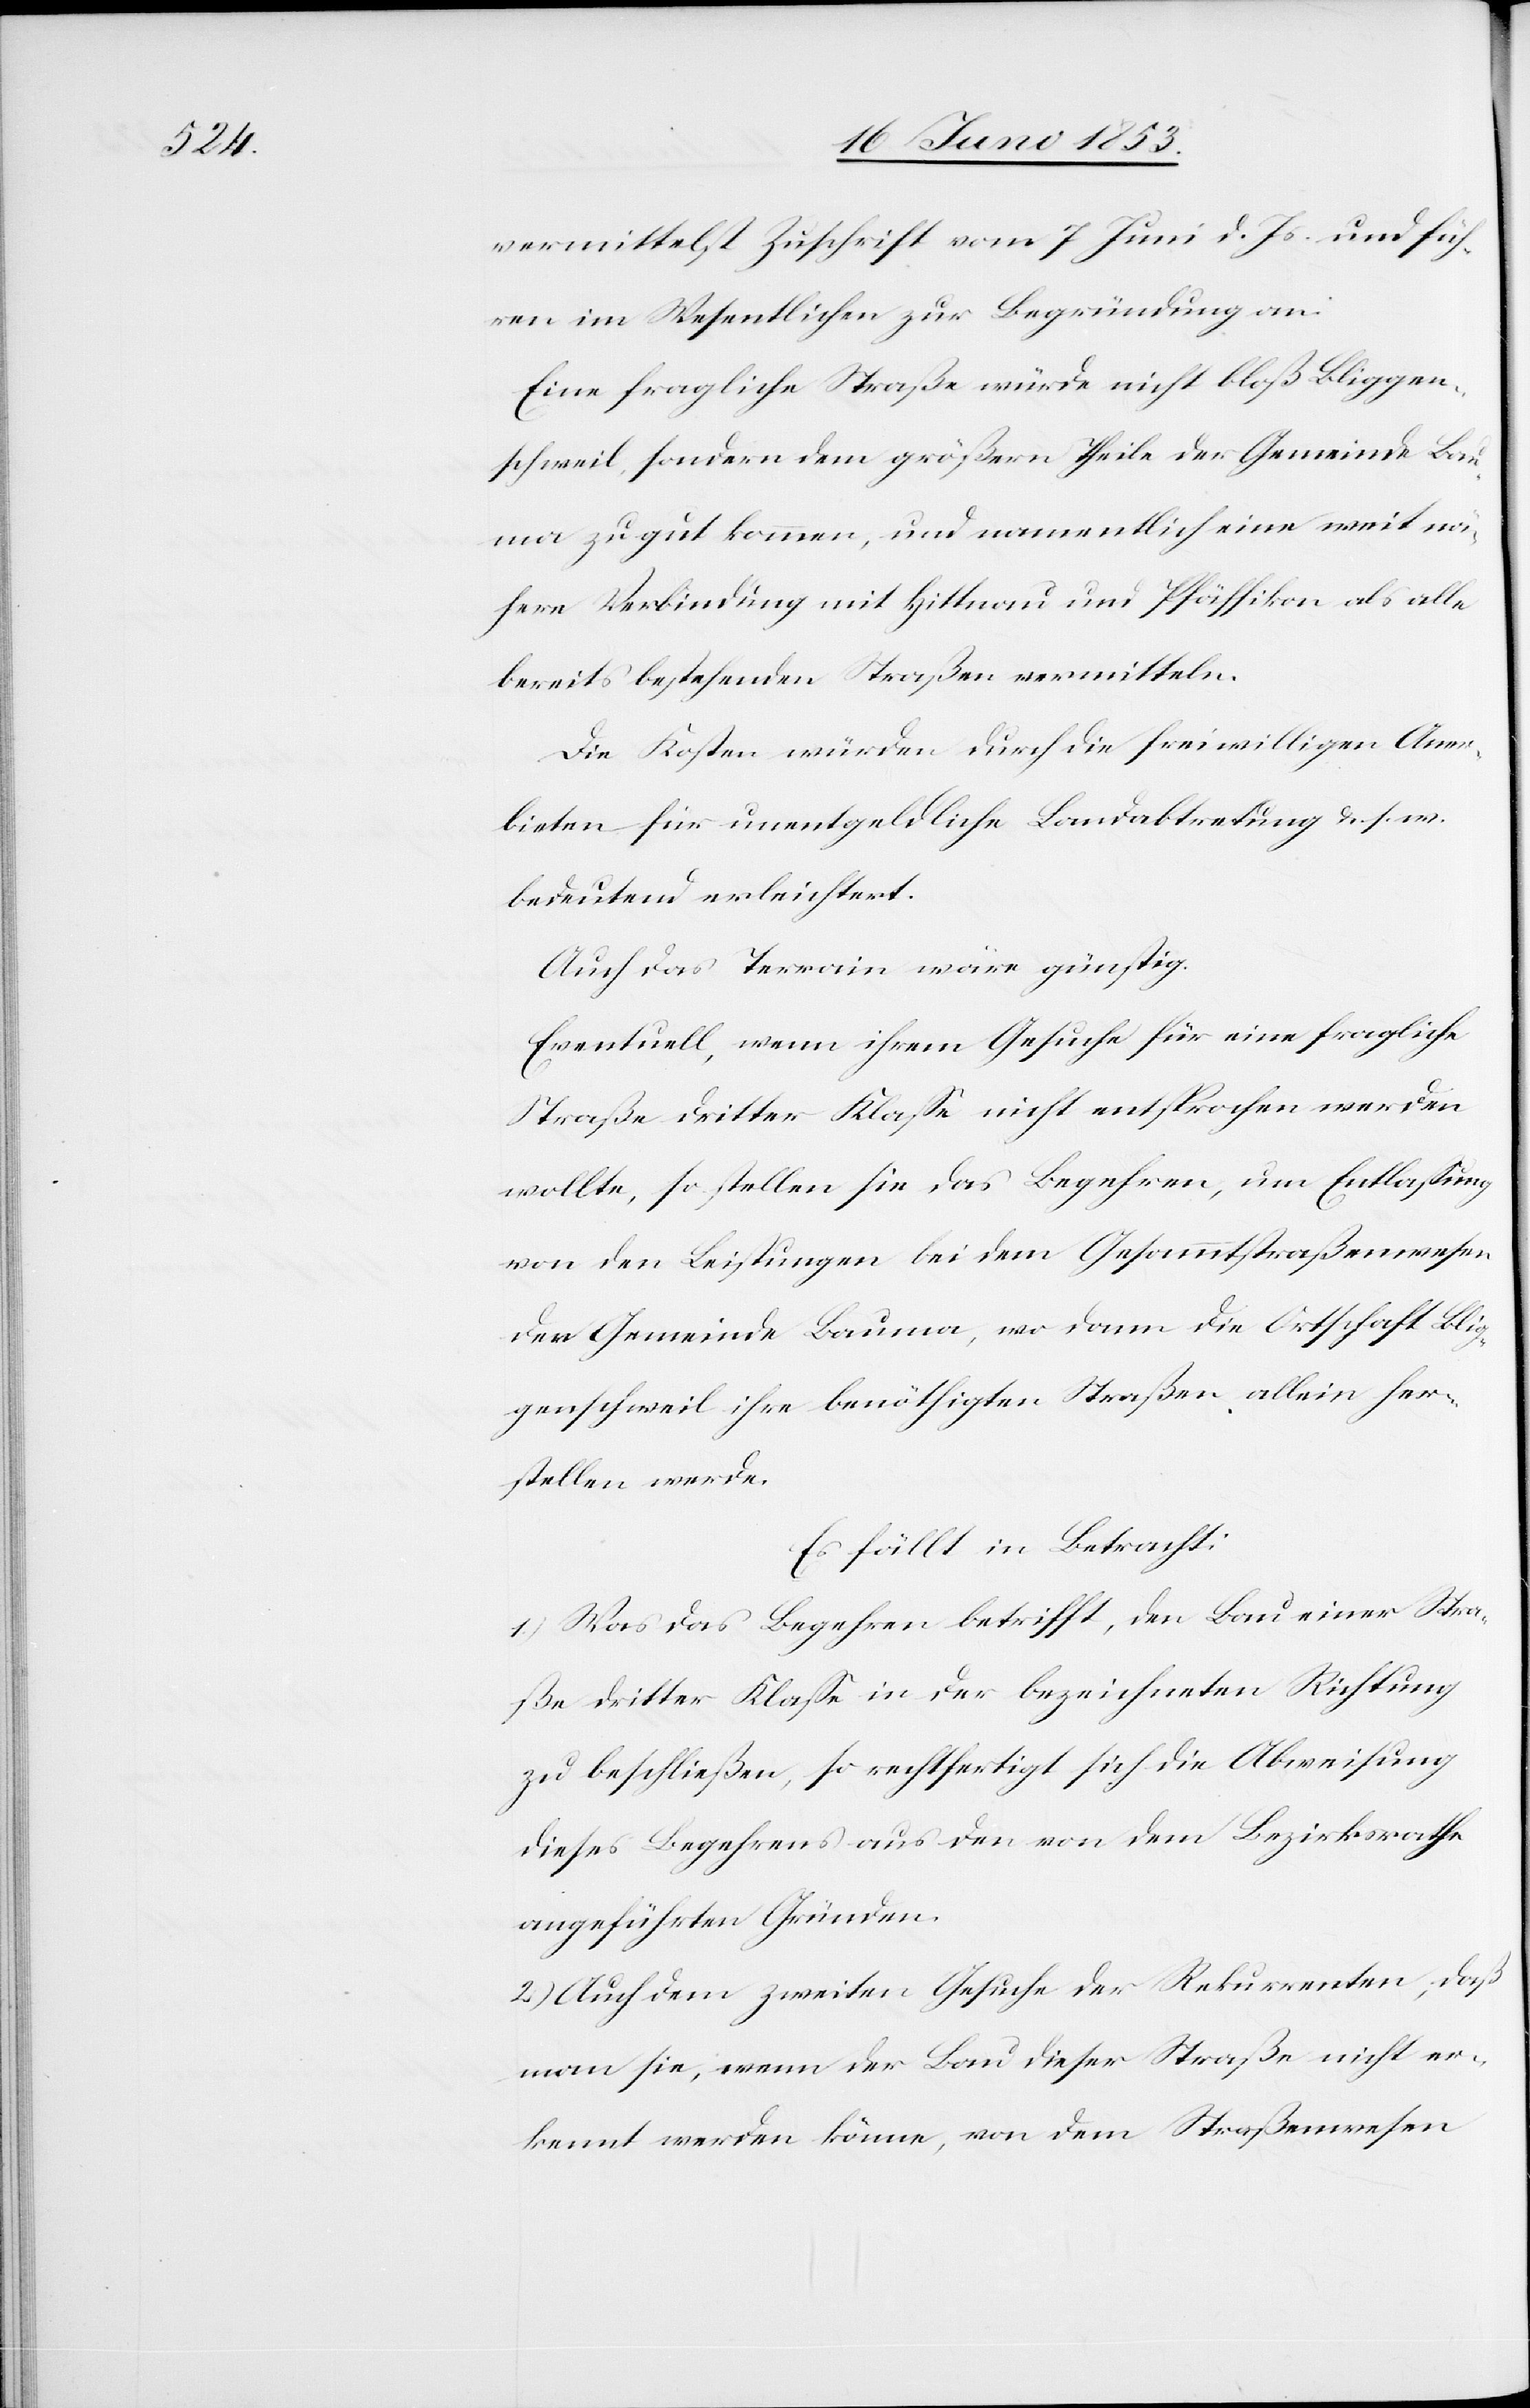
vermittelst Zuschrift vom 7 Juni d. Js. und füh¬
ren im Wesentlichen zur Begründung an.
Eine fragliche Straße würde nicht bloß Bliggen¬
schweil sondern dem größern Theile der Gemeinde Bau¬
ma zu gut kommen, und namentlich eine weit nä¬
here Verbindung mit Hittnau und Pfäffikon als alle
bereits bestehenden Straßen vermitteln.
Die Kosten würden durch die freiwilligen Aner¬
bieten für unentgeldliche Landabtretung u. s. w.
bedeutend erleichtert.
Auch das Terrain wäre günstig.
Eventuell, wenn ihrem Gesuche für eine fragliche
Straße dritter Klaße nicht entsprochen werden
wollte, so stellen sie das Begehren, um Entlaßung
von den Leistungen bei dem Gesammtstraßenwesen
der Gemeinde Bauma, wo dann die Ortschaft Blig¬
genschweil ihre benöthigten Straßen allein her¬
stellen werde.
Es fällt in Betracht:
1) Was das Begehren betrifft, den Bau einer Stra¬
ße dritter Klaße in der bezeichneten Richtung
zu beschließen, so rechtfertigt sich die Abweisung
dieses Begehrens aus den von dem Bezirksrathe
angeführten Gründen.
2) Auch dem zweiten Gesuche der Rekurrenten, daß
man sie, wenn der Bau dieser Straße nicht er¬
kennt werden könne, von dem Straßenwesen